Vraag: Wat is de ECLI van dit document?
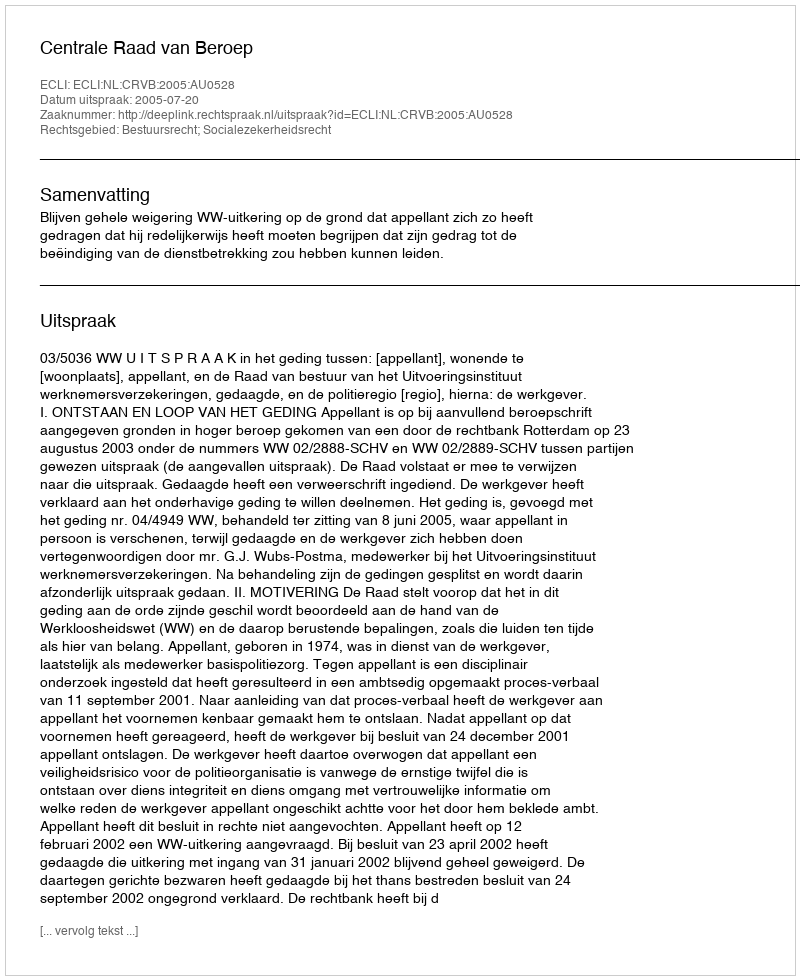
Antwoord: ECLI:NL:CRVB:2005:AU0528